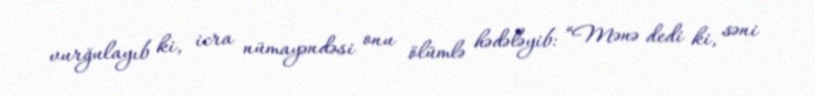
vurğulayıb ki, icra nümayəndəsi onu ölümlə hədələyib: “Mənə dedi ki, səni